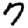
Digit: 7